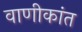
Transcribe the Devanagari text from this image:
वाणीकांत